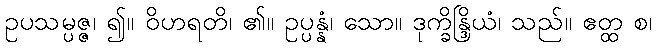
ဥပသမ္ပဇ္ဇ၊ ၍။ ဝိဟရတိ၊ ၏။ ဥပ္ပန္နံ၊ သော။ ဒုက္ခိန္ဒြိယံ၊ သည်။ ဧတ္ထ စ၊